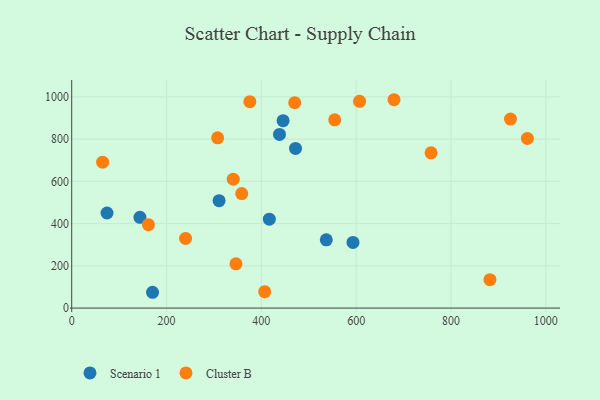
{"axis": {"x": "Investment", "y": "Exam Score"}, "legend": ["Cluster B", "Scenario 1"], "data": [{"x": "74.5", "y": 450.2, "type": "Scenario 1"}, {"x": "472.0", "y": 756.1, "type": "Scenario 1"}, {"x": "310.8", "y": 508.4, "type": "Scenario 1"}, {"x": "445.8", "y": 887.2, "type": "Scenario 1"}, {"x": "536.9", "y": 323.1, "type": "Scenario 1"}, {"x": "438.2", "y": 822.2, "type": "Scenario 1"}, {"x": "170.5", "y": 74.9, "type": "Scenario 1"}, {"x": "416.8", "y": 420.8, "type": "Scenario 1"}, {"x": "143.9", "y": 430.0, "type": "Scenario 1"}, {"x": "593.2", "y": 311.0, "type": "Scenario 1"}, {"x": "346.4", "y": 209.4, "type": "Cluster B"}, {"x": "607.1", "y": 979.2, "type": "Cluster B"}, {"x": "679.8", "y": 986.6, "type": "Cluster B"}, {"x": "65.2", "y": 690.7, "type": "Cluster B"}, {"x": "961.0", "y": 803.4, "type": "Cluster B"}, {"x": "358.6", "y": 542.2, "type": "Cluster B"}, {"x": "925.4", "y": 895.2, "type": "Cluster B"}, {"x": "375.7", "y": 977.3, "type": "Cluster B"}, {"x": "340.7", "y": 610.3, "type": "Cluster B"}, {"x": "554.7", "y": 891.3, "type": "Cluster B"}, {"x": "882.1", "y": 134.5, "type": "Cluster B"}, {"x": "407.0", "y": 77.7, "type": "Cluster B"}, {"x": "161.8", "y": 395.0, "type": "Cluster B"}, {"x": "757.9", "y": 735.3, "type": "Cluster B"}, {"x": "240.1", "y": 329.8, "type": "Cluster B"}, {"x": "307.8", "y": 806.3, "type": "Cluster B"}, {"x": "470.3", "y": 972.6, "type": "Cluster B"}]}